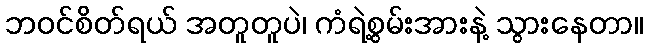
ဘဝင်စိတ်ရယ် အတူတူပဲ၊ ကံရဲ့စွမ်းအားနဲ့ သွားနေတာ။